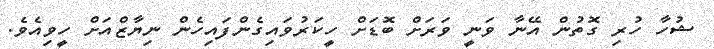
ޝުހާ ހުރި ގޮތުން އޭނާ ވަނީ ވަރަށް ބޮޑަށް ހީކަރުވައިގެންފައިހެން ނިޔާޒްއަށް ހީވިއެވެ.